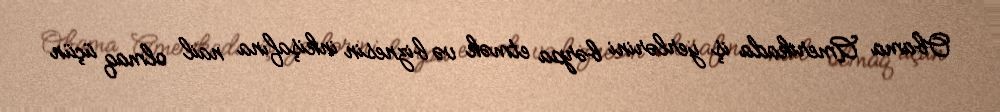
Obama Amerikada iş yerlərini bərpa etmək və biznesin inkişafına nail olmaq üçün